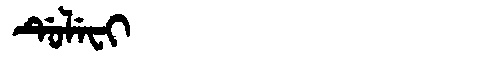
Manchu: ᡩᡠᠯᡝᠸᡳ
Romanization: DULEFI